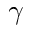
\gamma